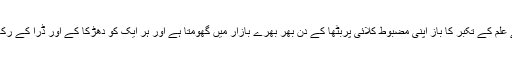
وہ اپنے علم کے تکبّر کا باز اپنی مضبوط کلائی پربٹھا کے دن بھر بھرے بازار میں گھومتا ہے اور ہر ایک کو دھڑکا کے اور ڈرا کے رکھتا ہے۔